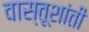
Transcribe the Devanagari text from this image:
वास्तूशांती